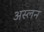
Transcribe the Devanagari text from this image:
अस्लन